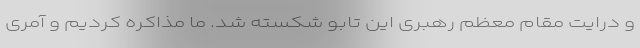
و درایت مقام معظم رهبری این تابو شکسته شد. ما مذاکره کردیم و آمری